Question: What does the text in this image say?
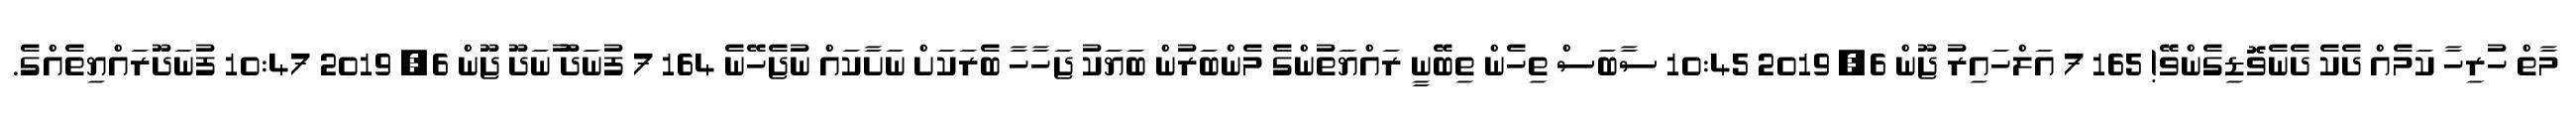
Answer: މާތް ހުރިހާ ކަމެއް ދެކެ ދެނެވޮޑިގެންވޭ! 165 7 އަލްހައިރު ޖޫން 6, 2019 10:45 ސާބަސް ތިހެން ތިބޭނީ ރައްޔަތުންގެ މެންބަރުން ބަޔަކު ޖަހާހާ ބެރަކަށް ނަށާކައް ނުޖެހޭނެ 164 7 ފުނަދޫ ުނަދޫ ޖޫން 6, 2019 10:47 ފުނަދޫރައްޔިތެއްގެ.